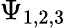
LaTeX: \Psi_{1,2,3}